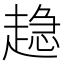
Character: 𧼾